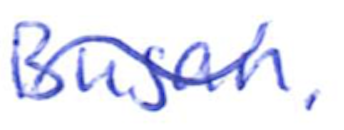
Text: Busan.
Cross-out: wave
Writing tool: ballpoint